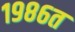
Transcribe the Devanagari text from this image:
१९८६त